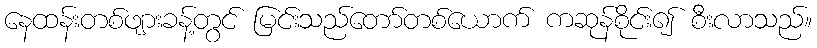
နေထန်းတစ်ဖျားခန့်တွင် မြင်းသည်တော်တစ်ယောက် ကဆုန်စိုင်း၍ စီးလာသည်။